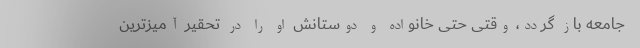
جامعه باز گردد، وقتی حتی خانواده و دوستانش او را در تحقیر آمیزترین